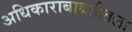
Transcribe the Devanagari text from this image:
अधिकाराबाबतीतला